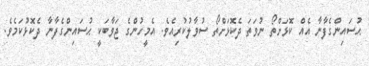
ޙުސައިންގެފާނާ އެއް ކޮޅަށްތޯ ނުވަތަ ދެކޮޅަށްތޯ ސުވާލުކުރިއެވެ. އެމީހުންގެ ޖަވާބަކީ ޙުސައިންގެފާނާ ދެކޮޅުކަމެވެ.